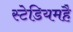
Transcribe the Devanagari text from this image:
स्टेडियमहै